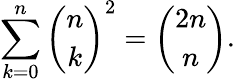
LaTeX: \sum_{k=0}^{n}{\binom{n}{k}}^{2}={\binom{2n}{n}}.